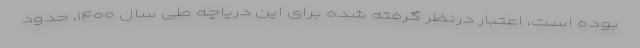
بوده است، اعتبار درنظر گرفته شده برای این دریاچه طی سال ۱۴۰۰، حدود